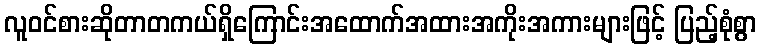
လူဝင်စားဆိုတာတကယ်ရှိကြောင်းအထောက်အထားအကိုးအကားများဖြင့် ပြည့်စုံစွာ